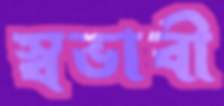
স্বভাবী